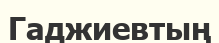
Гаджиевтың